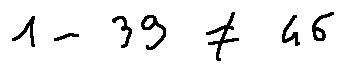
1 - 3 9 \neq 4 6